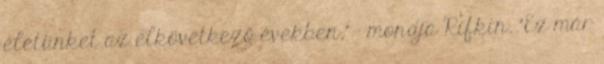
életünket az elkövetkező években," - mondja Rifkin. "Ez már